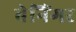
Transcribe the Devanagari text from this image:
बेनिंगर